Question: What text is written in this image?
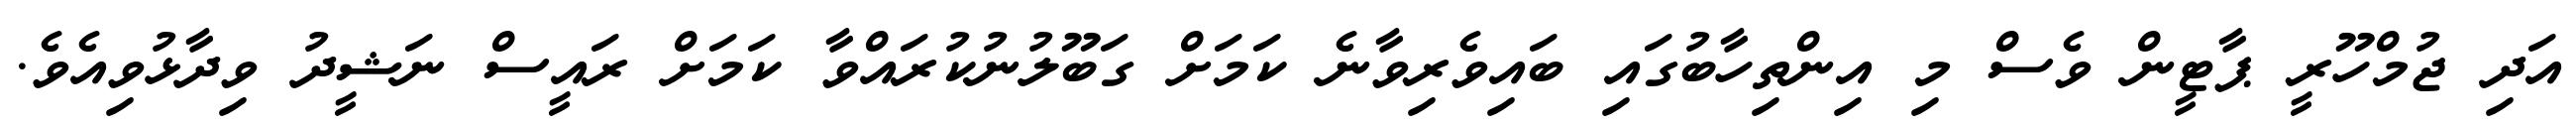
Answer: އަދި ޖުމްހޫރީ ޕާޓީން ވެސް މި އިންތިހާބުގައި ބައިވެރިވާނެ ކަމަށް ގަބޫލުނުކުރައްވާ ކަމަށް ރައީސް ނަޝީދު ވިދާޅުވިއެވެ.